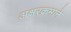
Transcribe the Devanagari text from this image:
अक्षरक्रमाने